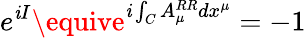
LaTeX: e^{\mathit{i}I}\equive^{\mathit{i}\int_{C}A_{\mu}^{RR}dx^{\mu}}=-1